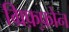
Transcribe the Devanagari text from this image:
ग्रिफ़्फ़ोन